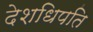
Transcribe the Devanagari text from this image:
देशधिपति